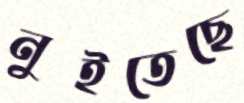
নুইতেছে